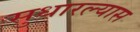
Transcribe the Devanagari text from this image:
सुधारल्यास